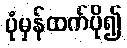
ပုံမှန်ထက်ပို၍